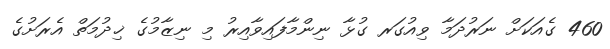
460 ގެއަކަށް ނަރުދަމާ ވިއުގަރ ގުޅާ ނިންމާފައިވާއިރު މި ނިޒާމުގެ ޚިދުމަތް އެރަށުގެ